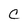
Character: C